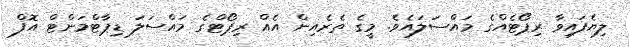
ލިޔެފައިވާ ރިޕޯޓެއްގެ މައްސަލައެވެ. މީގެ ތެރެއިން އެއް ރިޕޯޓްގެ މައްސަލަ ޑިޕާޓްމަންޓް އޮފް